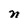
Character: n